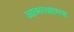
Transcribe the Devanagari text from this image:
आत्मरक्षात्मक